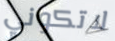
لاتكوني